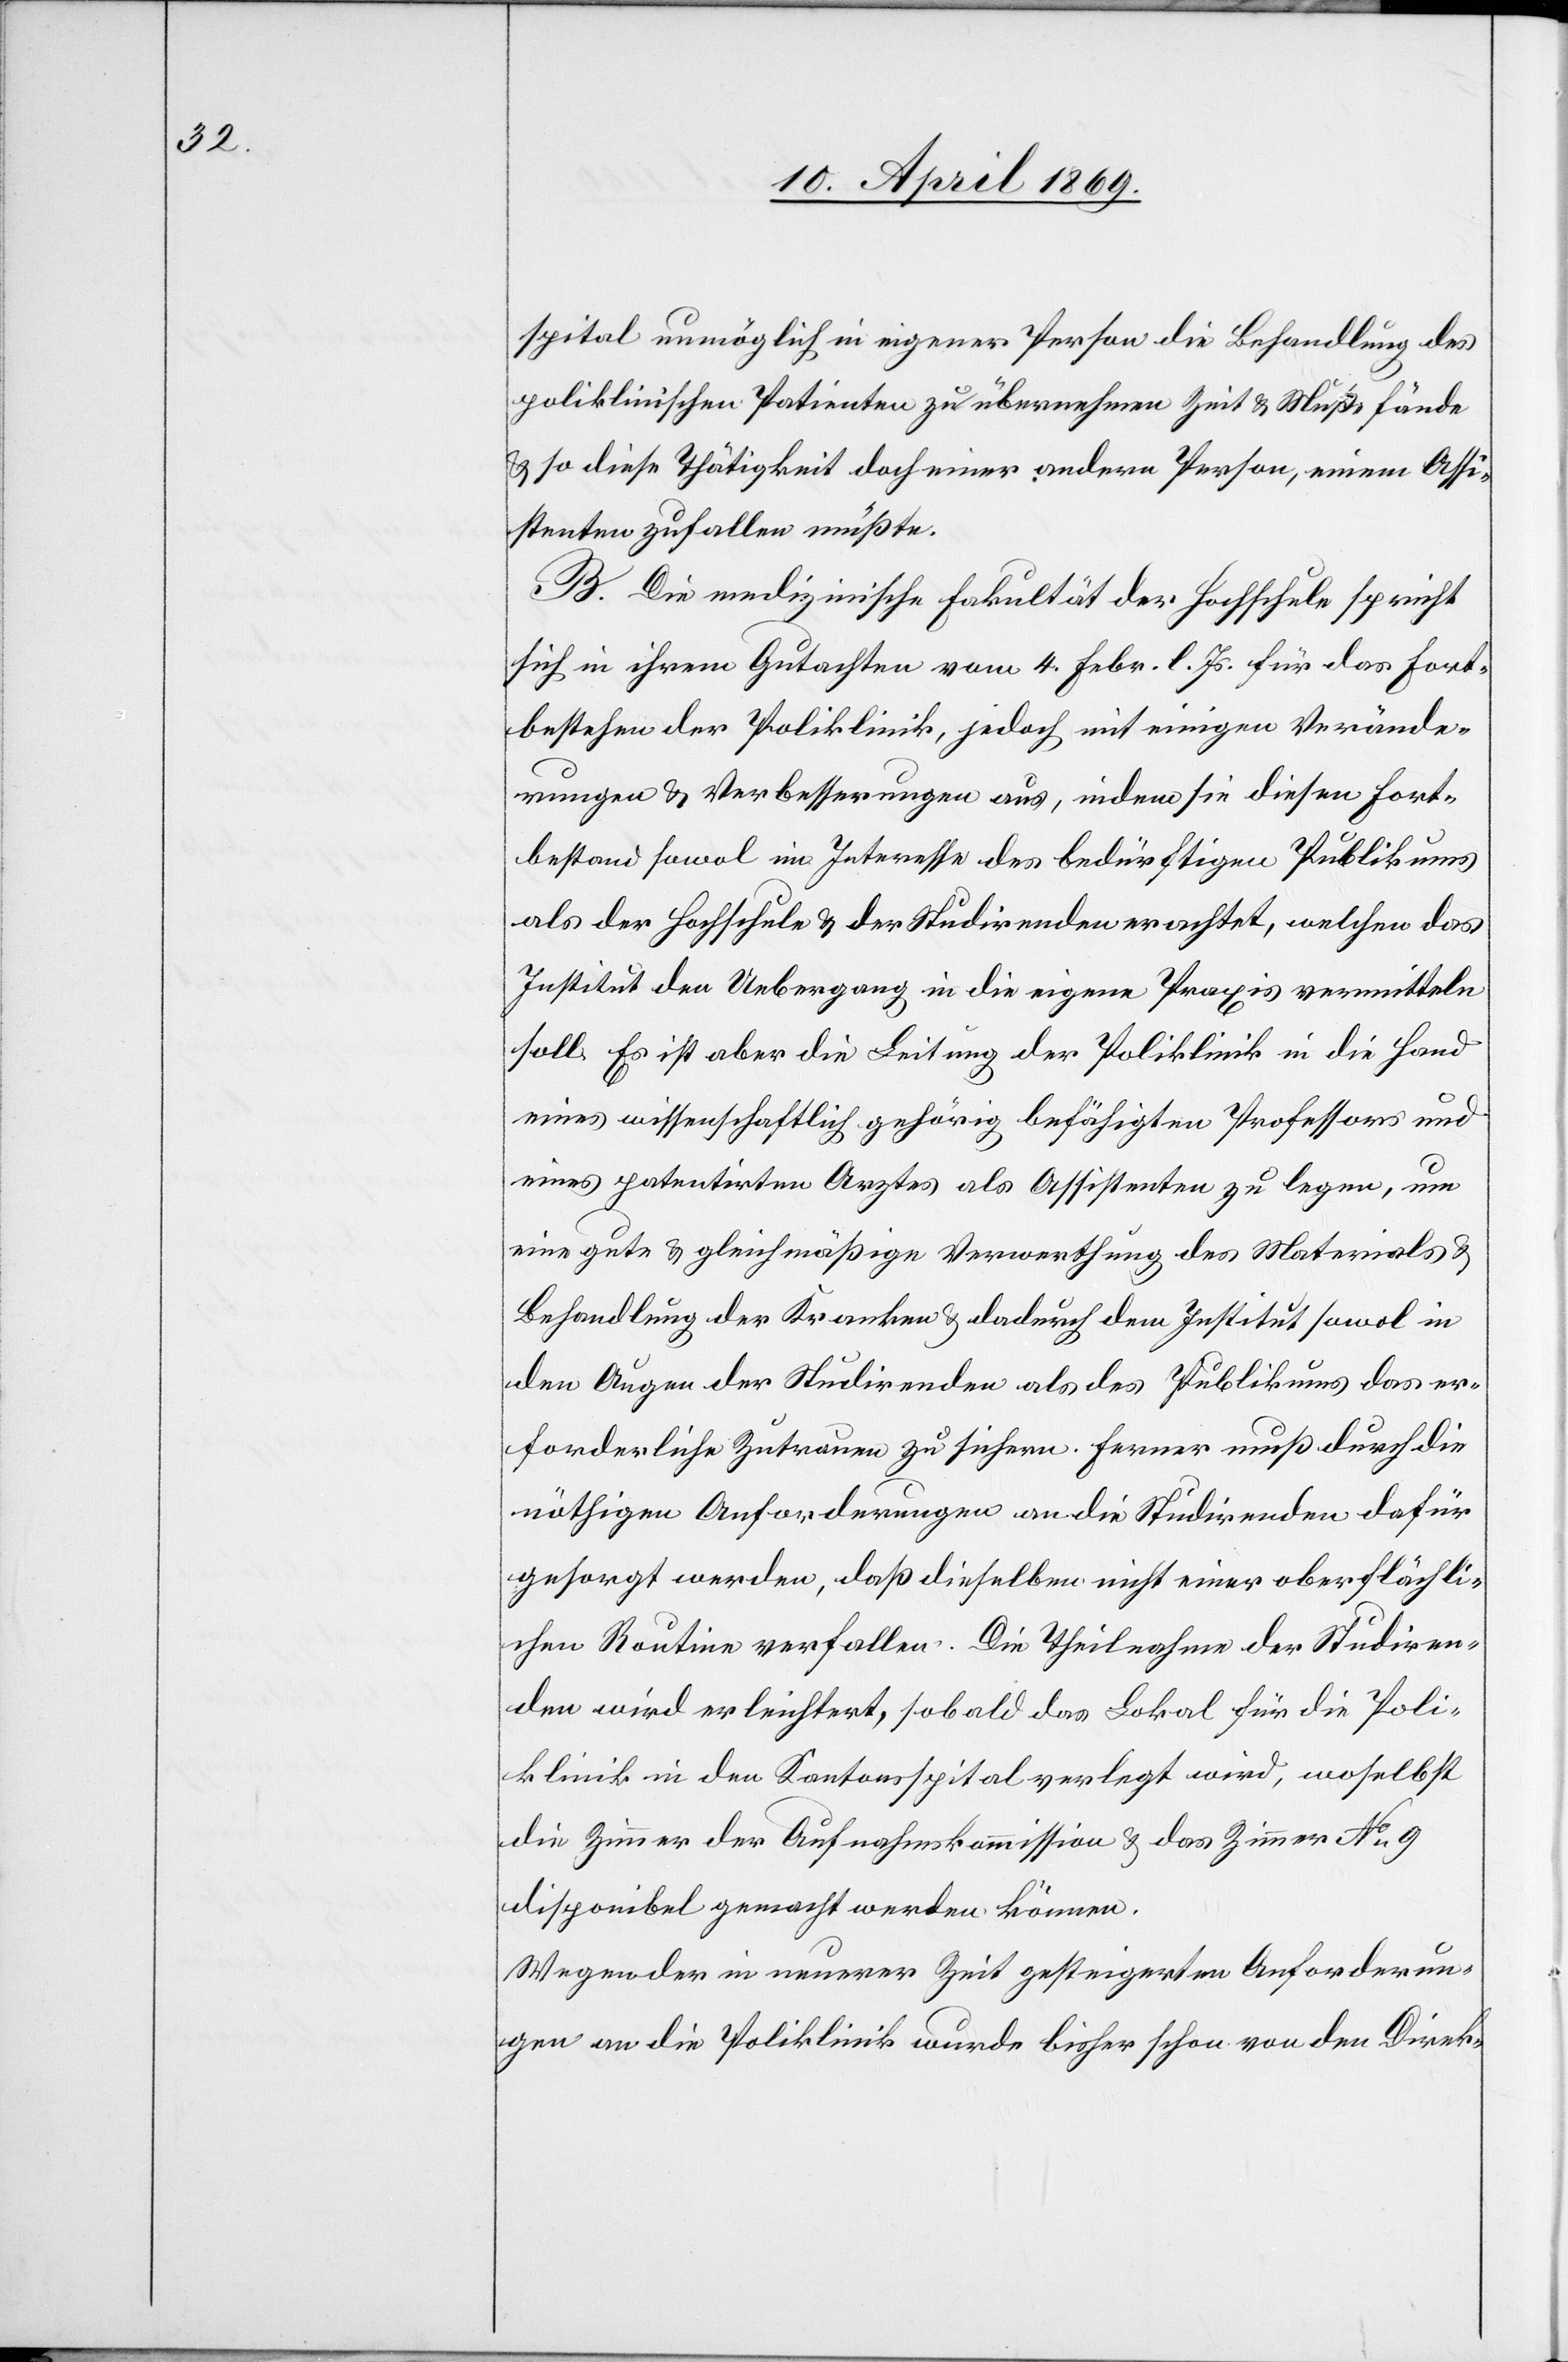
spital unmöglich in eigener Person die Behandlung des
poliklinischen Patienten zu übernehmen Zeit u. Muße fände
u. so diese Thätigkeit doch einer andern Person, einem Assi¬
stenten zufallen müsste.
B. Die medizinische Fakultät der Hochschule spricht
sich in ihrem Gutachten vom 4. Febr. l. Js. für das Fort¬
bestehen der Poliklinik, jedoch mit einigen Verände¬
rungen u. Verbesserungen aus, indem sie diesen Fort¬
bestand sowol im Interesse des bedürftigen Publikums
als der Hochschule u. der Studirenden erachtet, welchen das
Institut den Uebergang in die eigene Praxis vermitteln
soll. Es ist aber die Leitung der Poliklinik in die Hand
eines wissenschaftlich gehörig befähigten Professors und
eines patentirten Arztes als Assistenten zu legen, um
eine gute u. gleichmäßige Verwerthung des Materials u.
Behandlung der Kranken u. dadurch dem Institut sowol in
den Augen der Studirenden als des Publikums das er¬
forderliche Zutrauen zu sichern. Ferner muß durch die
nöthigen Anforderungen an die Studirenden dafür
gesorgt werden, daß dieselben nicht einer oberflächli¬
chen Routine verfallen. Die Theilnahme der Studiren¬
den wird erleichtert, sobald das Lokal für die Poli¬
klinik in den Kantonsspital verlegt wird, woselbst
die Zimmer der Aufnahmskommission u. das Zimmer N° 9
disponibel gemacht werden können.
Wegen der in neuerer Zeit gesteigerten Anforderun¬
gen an die Poliklinik wurde bisher schon von den Direk-